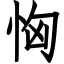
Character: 恟